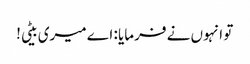
تو انہوں نے فرمایا : اے میری بیٹی!